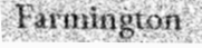
Farmington